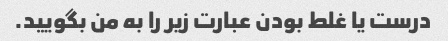
درست یا غلط بودن عبارت زیر را به من بگویید.